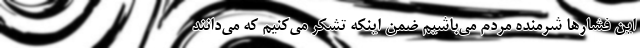
این فشار‌ها شرمنده مردم می‌باشیم ضمن اینکه تشکر می‌کنیم که می‌دانند